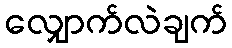
လျှောက်လဲချက်